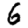
Digit: 6